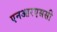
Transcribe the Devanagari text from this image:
एनआरएससी